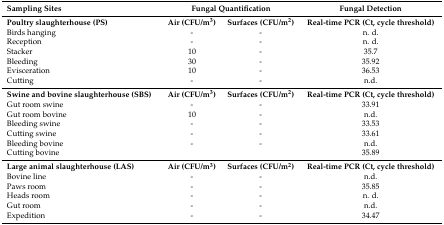
<table><thead><tr><td><b>Sampling Sites</b></td><td colspan="2"><b>Fungal Quantification</b></td><td><b>Fungal Detection</b></td></tr></thead><tbody><tr><td><b>Poultry slaughterhouse (PS)</b></td><td><b>Air (CFU/m<sup>3</sup>)</b></td><td><b>Surfaces (CFU/m<sup>2</sup>)</b></td><td><b>Real-time PCR (Ct, cycle threshold)</b></td></tr><tr><td>Birds hanging</td><td>-</td><td>-</td><td>n. d.</td></tr><tr><td>Reception</td><td>-</td><td>-</td><td>n. d.</td></tr><tr><td>Stacker</td><td>10</td><td>-</td><td>35.7</td></tr><tr><td>Bleeding</td><td>30</td><td>-</td><td>35.92</td></tr><tr><td>Evisceration</td><td>10</td><td>-</td><td>36.53</td></tr><tr><td>Cutting</td><td>-</td><td>-</td><td>n.d.</td></tr><tr><td><b>Swine and bovine slaughterhouse (SBS)</b></td><td><b>Air (CFU/m<sup>3</sup>)</b></td><td><b>Surfaces (CFU/m<sup>2</sup>)</b></td><td><b>Real-time PCR (Ct, cycle threshold)</b></td></tr><tr><td>Gut room swine</td><td>-</td><td>-</td><td>33.91</td></tr><tr><td>Gut room bovine</td><td>10</td><td>-</td><td>n.d.</td></tr><tr><td>Bleeding swine</td><td>-</td><td>-</td><td>33.53</td></tr><tr><td>Cutting swine</td><td>-</td><td>-</td><td>33.61</td></tr><tr><td>Bleeding bovine</td><td>-</td><td>-</td><td>n.d.</td></tr><tr><td>Cutting bovine</td><td></td><td></td><td>35.89</td></tr><tr><td><b>Large animal slaughterhouse (LAS)</b></td><td><b>Air (CFU/m<sup>3</sup>)</b></td><td><b>Surfaces (CFU/m<sup>2</sup>)</b></td><td><b>Real-time PCR (Ct, cycle threshold)</b></td></tr><tr><td>Bovine line</td><td>-</td><td>-</td><td>n.d.</td></tr><tr><td>Paws room</td><td>-</td><td>-</td><td>35.85</td></tr><tr><td>Heads room</td><td>-</td><td>-</td><td>n. d.</td></tr><tr><td>Gut room</td><td>-</td><td>-</td><td>n.d.</td></tr><tr><td>Expedition</td><td>-</td><td>-</td><td>34.47</td></tr></tbody></table>